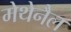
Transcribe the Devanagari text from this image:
मेथेनैल